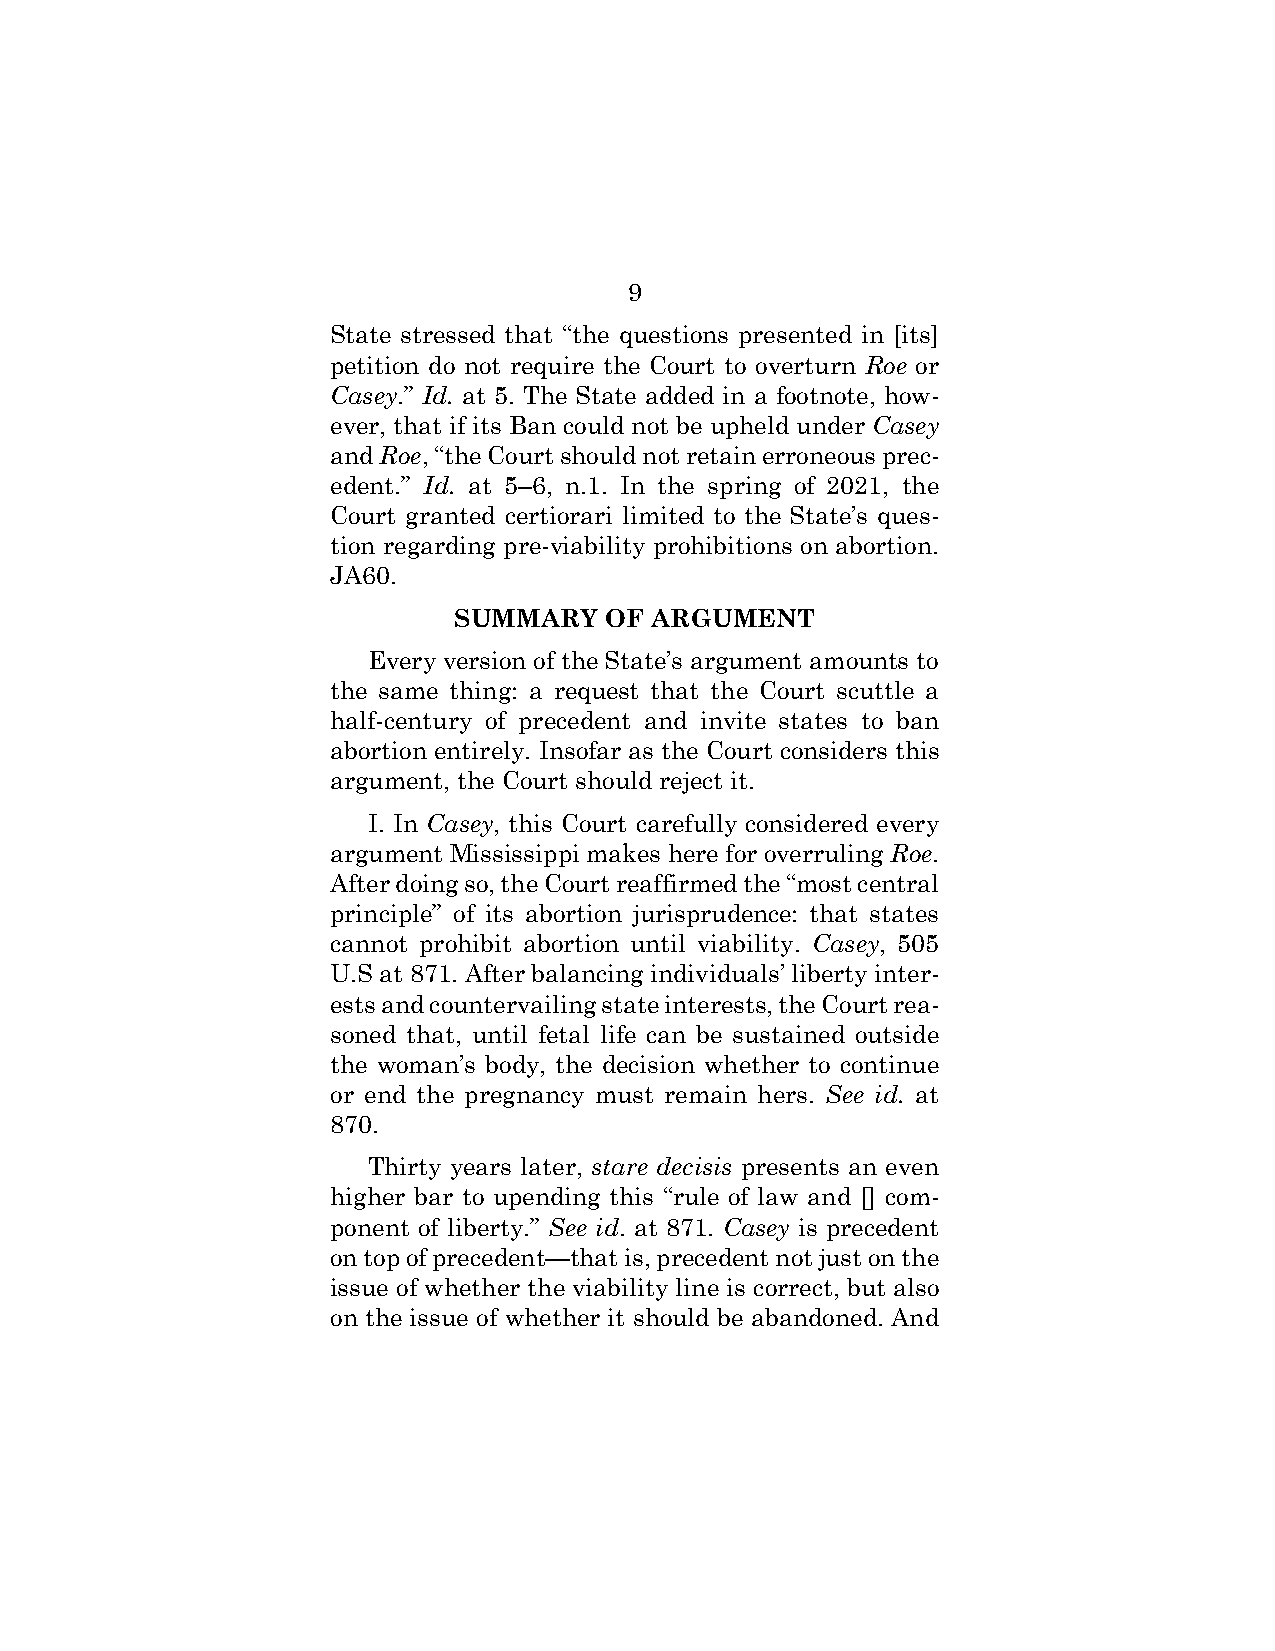
9
 State stressed that “the questions presented in [its]
 petition do not require the Court to overturn Roe or
 Casey.” Id. at 5. The State added in a footnote, how-
 ever, that if its Ban could not be upheld under Casey
 and Roe, “the Court should not retain erroneous prec-
 edent.” Id. at 5–6, n.1. In the spring of 2021, the
 Court granted certiorari limited to the State’s ques-
 tion regarding pre-viability prohibitions on abortion.
 JA60.
 SUMMARY   OF ARGUMENT
 Every version of the State’s argument amounts to
 the same thing: a request that the Court scuttle a
 half-century of precedent and invite states to ban
 abortion entirely. Insofar as the Court considers this
 argument, the Court should reject it.
 I. In Casey, this Court carefully considered every
 argument Mississippi makes here for overruling Roe.
 After doing so, the Court reaffirmed the “most central
 principle” of its abortion jurisprudence: that states
 cannot prohibit abortion until viability. Casey, 505
 U.S at 871. After balancing individuals’ liberty inter-
 ests and countervailing state interests, the Court rea-
 soned that, until fetal life can be sustained outside
 the woman’s body, the decision whether to continue
 or end the pregnancy must remain hers. See id. at
 870.
 Thirty years later, stare decisis presents an even
 higher bar to upending this “rule of law and [] com-
 ponent of liberty.” See id. at 871. Casey is precedent
 on top of precedent—that is, precedent not just on the
 issue of whether the viability line is correct, but also
 on the issue of whether it should be abandoned. And